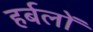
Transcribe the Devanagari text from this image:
हर्बलों